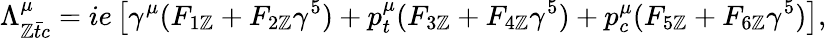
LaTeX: \Lambda_{\mathbb{Z}\bar{{t}}c}^{\mu}=ie\left[\gamma^{\mu}(F_{1\mathbb{Z}}+F_{2\mathbb{Z}}\gamma^{5})+p_{t}^{\mu}(F_{3\mathbb{Z}}+F_{4\mathbb{Z}}\gamma^{5})+p_{c}^{\mu}(F_{5\mathbb{Z}}+F_{6\mathbb{Z}}\gamma^{5})\right],